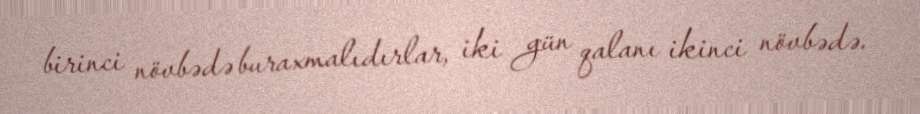
birinci növbədə buraxmalıdırlar, iki gün qalanı ikinci növbədə.